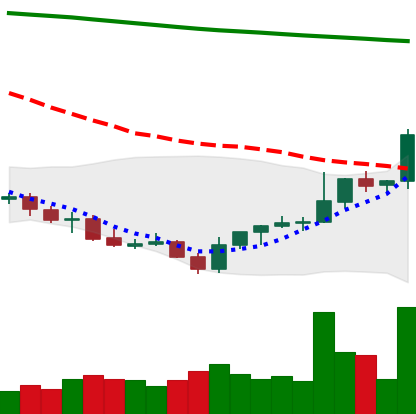
Ticker: LINK-USD
Chart end date: 2021-07-30
Forward return: 8.393%
Label: up_7plus